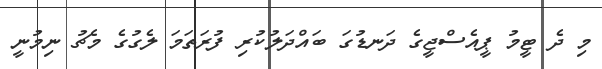
މި ދެ ޓީމު ޕީއެސްޖީގެ ދަނޑުގަ ބައްދަލުކުރި ފުރަތަމަ ލެގުގެ މެޗު ނިމުނީ